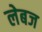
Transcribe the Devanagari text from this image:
लेबज